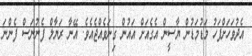
އެދުވަހަށްފަހު މަޑުމަޑުން ޔާސީން އެގެއަށް އައުން ގިނަވެއްޖެއެވެ. އޭނާ ރަޔާލް ފެނުނަސް ފެންނަ